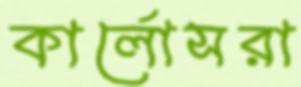
কার্লোসরা